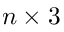
n \times 3